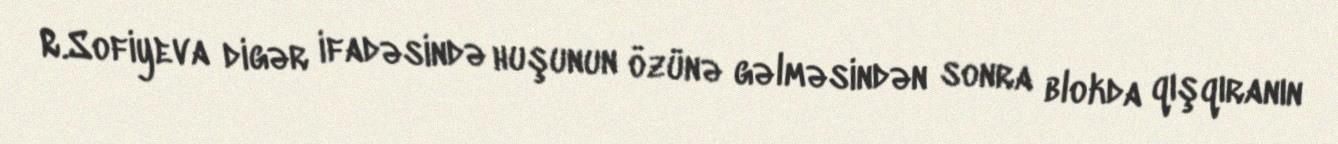
R.Sofiyeva digər ifadəsində huşunun özünə gəlməsindən sonra blokda qışqıranın